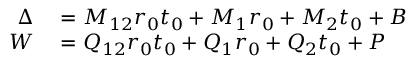
\begin{array} { r l } { \Delta } & { { } = M _ { 1 2 } r _ { 0 } t _ { 0 } + M _ { 1 } r _ { 0 } + M _ { 2 } t _ { 0 } + B } \\ { W } & { { } = Q _ { 1 2 } r _ { 0 } t _ { 0 } + Q _ { 1 } r _ { 0 } + Q _ { 2 } t _ { 0 } + P } \end{array}